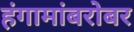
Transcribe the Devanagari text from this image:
हंगामांबरोबर